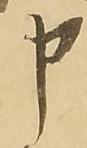
申